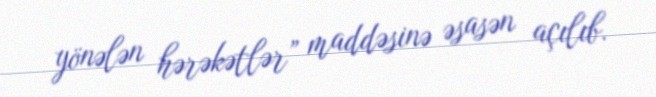
yönələn hərəkətlər” maddəsinə əsasən açılıb.